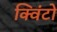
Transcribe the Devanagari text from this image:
क्विंटो